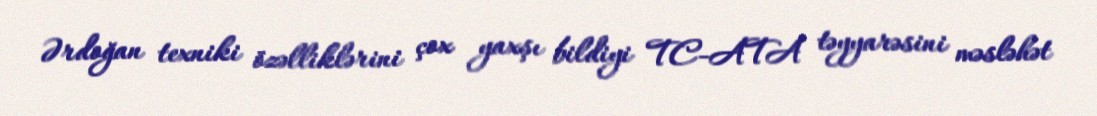
Ərdoğan texniki özəlliklərini çox yaxşı bildiyi TC-ATA təyyarəsini məsləhət